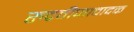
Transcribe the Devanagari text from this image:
रुद्रवीणावादक